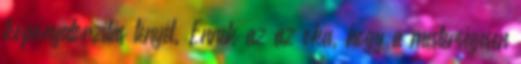
koponyatorzítás tényét. Ennek az az oka, hogy a mesterségesen